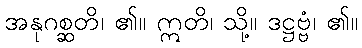
အနုဂစ္ဆတိ၊ ၏။ ဣတိ၊ သို့။ ဒဋ္ဌဗ္ဗံ၊ ၏။